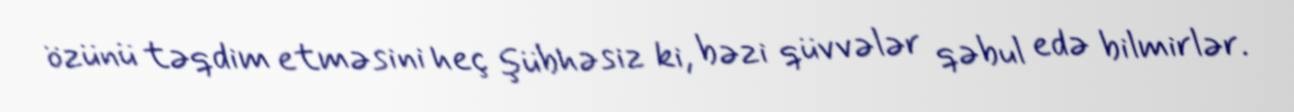
özünü təqdim etməsini heç şübhəsiz ki, bəzi qüvvələr qəbul edə bilmirlər.